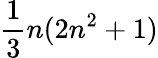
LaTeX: \frac{1}{3}n(2n^{2}+1)